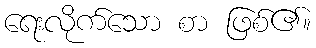
ရေးလိုက်သော စာ ဖြစ်၏။